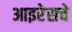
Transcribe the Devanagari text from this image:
आइरेसचे